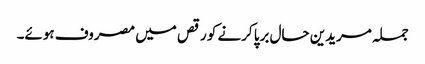
جملہ مریدین حال برپا کرنے کو رقص میں مصروف ہوئے۔